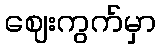
ဈေးကွက်မှာ